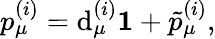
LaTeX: p_{\mu}^{(i)}=\mathrm{d}_{\mu}^{(i)}{\mathbf{1}}+\tilde{{p}}_{\mu}^{(i)},